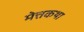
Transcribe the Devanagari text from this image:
मेत्तकथा